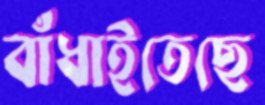
বাঁধাইতেছে